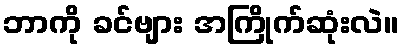
ဘာကို ခင်ဗျား အကြိုက်ဆုံးလဲ။